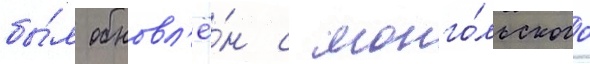
бы́л обновл'ё́н с монго́льского